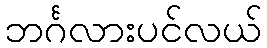
ဘင်္ဂလားပင်လယ်